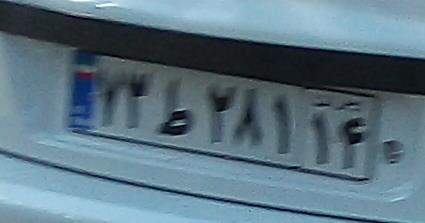
۷۳ط۲۸۱۱۴